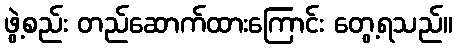
ဖွဲ့စည်း တည်ဆောက်ထားကြောင်း တွေ့ရသည်။